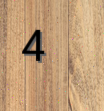
4